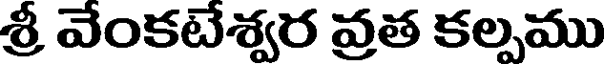
శ్రీ వేంకటేశ్వర వ్రత కల్పము